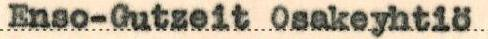
Enso-Gutzeit Osakeyhtiö